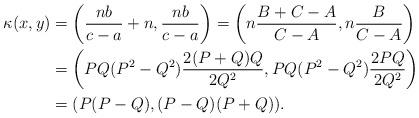
LaTeX: \begin{align*}\kappa(x,y) & =\left(\frac{nb}{c-a}+n,\frac{nb}{c-a}\right)=\left(n\frac{B+C-A}{C-A},n\frac{B}{C-A}\right)\\ & =\left(PQ(P^{2}-Q^{2})\frac{2(P+Q)Q}{2Q^{2}},PQ(P^{2}-Q^{2})\frac{2PQ}{2Q^{2}}\right)\\ & =(P(P-Q),(P-Q)(P+Q)).\end{align*}